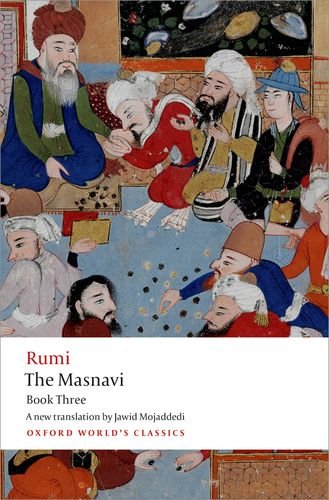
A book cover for The Masnavi, Book Three (Oxford World's Classics); Jalal al-Din Rumi; Religion & Spirituality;